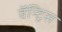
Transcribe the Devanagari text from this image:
वॅन्ट्रिस